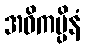
အဝိကမ္ပိနံ